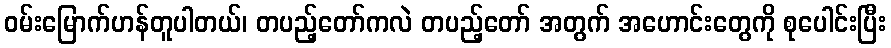
ဝမ်းမြောက်ဟန်တူပါတယ်၊ တပည့်တော်ကလဲ တပည့်တော် အတွက် အဟောင်းတွေကို စုပေါင်းပြီး